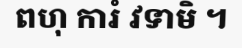
ពហុ ការំ វទាមិ ។